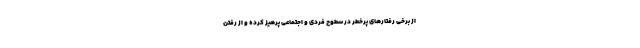
از برخی رفتارهای پرخطر در سطوح فردی و اجتماعی پرهیز کرده و از رفتن